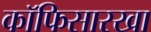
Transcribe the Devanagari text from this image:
कॉफिसारखा